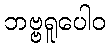
ဘဗ္ဗရူပေါဝ